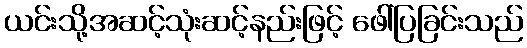
ယင်းသို့အဆင့်သုံးဆင့်နည်းဖြင့် ဖေါ်ပြခြင်းသည်